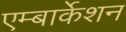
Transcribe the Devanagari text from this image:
एम्बार्केशन